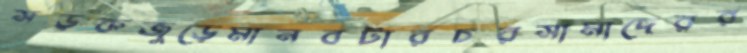
সড়কজুড়েমানবটারচরসামাদেরর